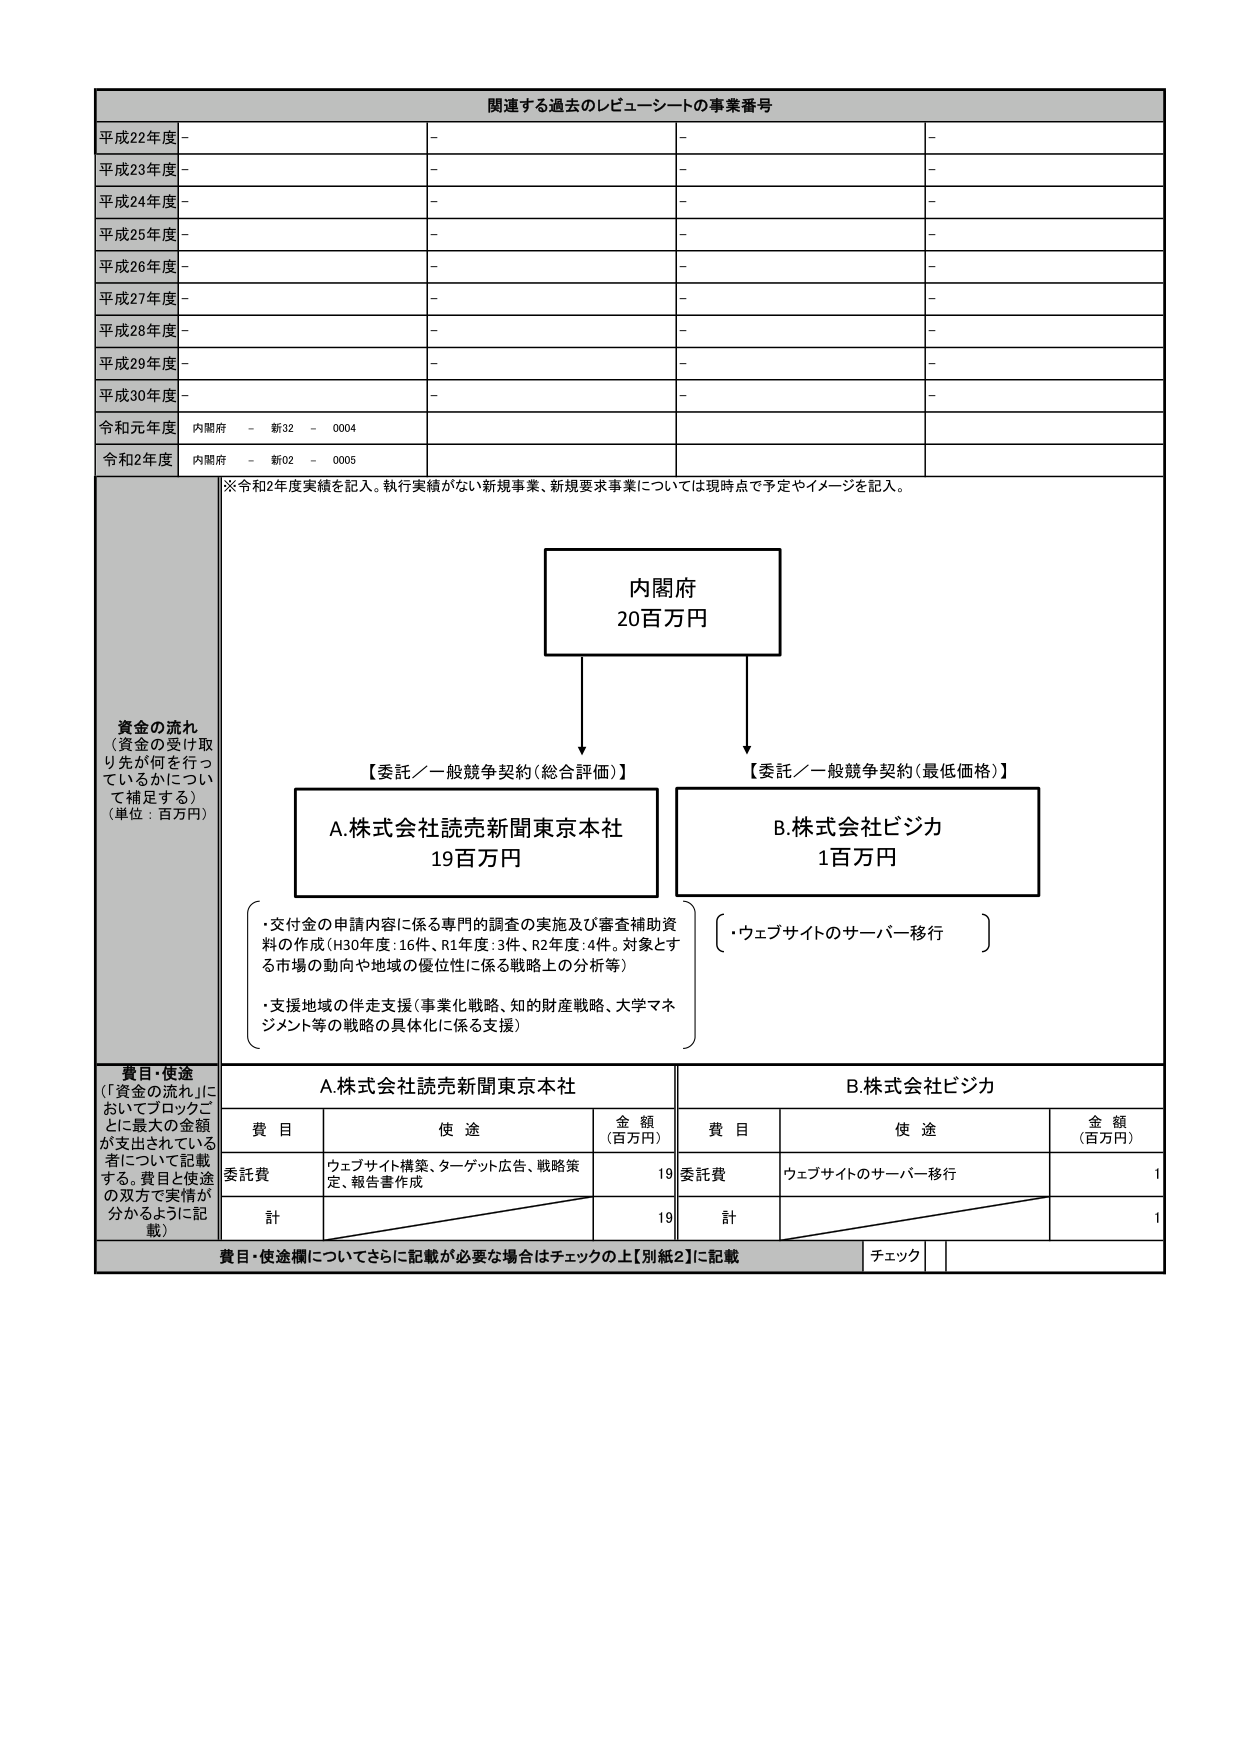
関連する過去のレビューーシートの事業番号
平成22年度 -
-
-
-
平成23年度 -
-
-
-
平成24年度 -
-
-
-
平成25年度 -
-
-
-
平成26年度 -
-
-
-
平成27年度 -
-
-
-
平成28年度 -
-
-
-
平成29年度 -
-
-
-
平成30年度 -
-
-
-
令和元年度 内閣府 - 新32 - 0004
令和2年度 内閣府 - 新02 - 0005
※令和2年度実績を記入。執行実績がない新規事業、新規要求事業については現時点で予定やイメージを記入。
資金の流れ
（資金の受け取り先が何を行っているかについて補足する）
（単位：百万円）
内閣府
20百万円
【委託／一般競争契約（総合評価）】
【委託／一般競争契約（最低価格）】
A.株式会社読売新聞東京本社
19百万円
B.株式会社ビジカ
1百万円
・交付金の申請内容に係る専門的調査の実施及び審査補助資料の作成（H30年度：16件、R1年度：3件、R2年度：4件。対象とする市場の動向や地域の優位性に係る戦略上の分析等）
・支援地域の伴走支援（事業化戦略、知的財産戦略、大学マネジメント等の戦略の具体化に係る支援）
・ウェブサイトのサーバー移行
費目・使途
（「資金の流れ」においてブロックごとに最大の金額が支出されている者について記載する。費目と使途の双方で実情が分かるように記載）
A.株式会社読売新聞東京本社
B.株式会社ビジカ
費目 使途 金額（百万円） 費目 使途 金額（百万円）
委託費 ウェブサイト構築、ターゲット広告、戦略策定、報告書作成 19 委託費 ウェブサイトのサーバー移行 1
計 19 計 1
費目・使途欄についてさらに記載が必要な場合はチェックの上【別紙2】に記載 チェック